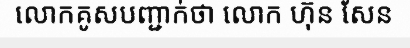
លោកគូសបញ្ជាក់ថា លោក ហ៊ុន សែន